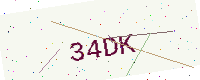
Text: 34DK